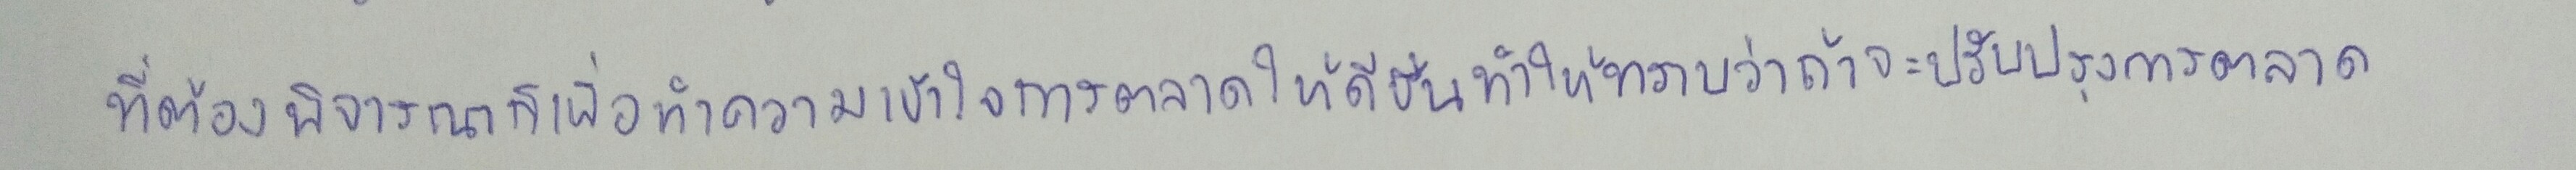
ที่ต้องพิจารณาก็เพื่อทำความเข้าใจการตลาดให้ดีขึ้นทำให้ทราบว่าถ้าจะปรับปรุงการตลาด